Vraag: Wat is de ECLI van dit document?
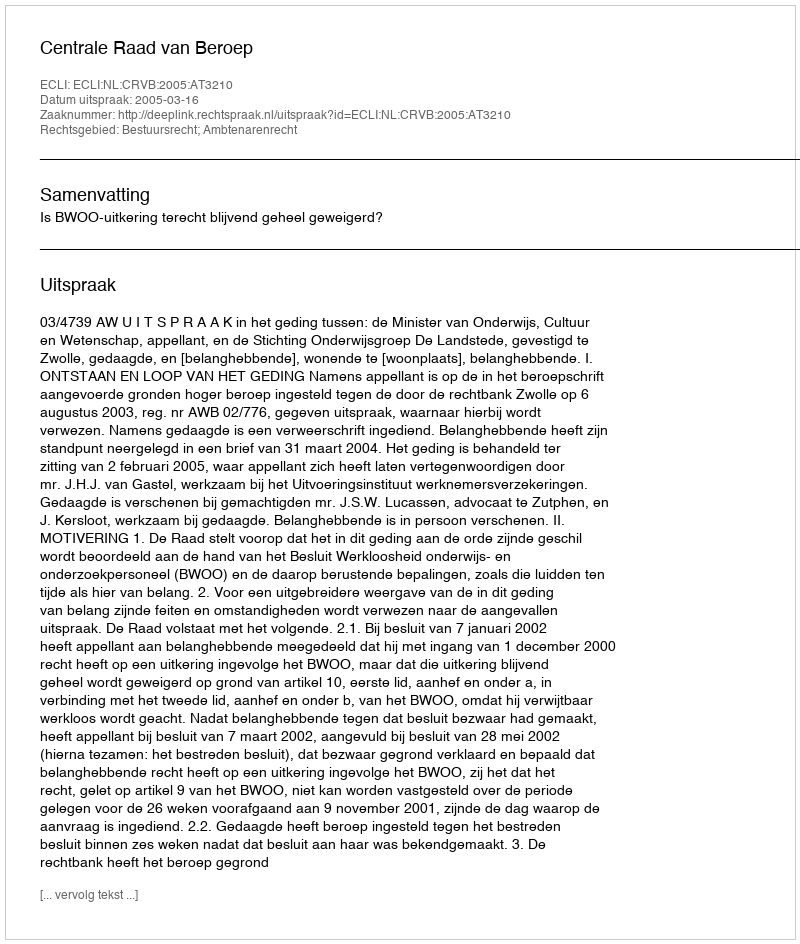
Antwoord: ECLI:NL:CRVB:2005:AT3210